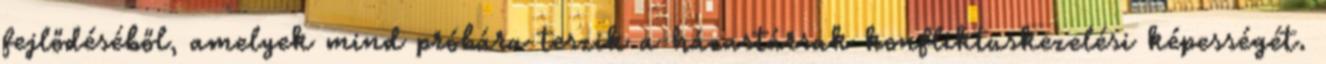
fejlődéséből, amelyek mind próbára teszik a házastársak konﬂiktuskezelési képességét.